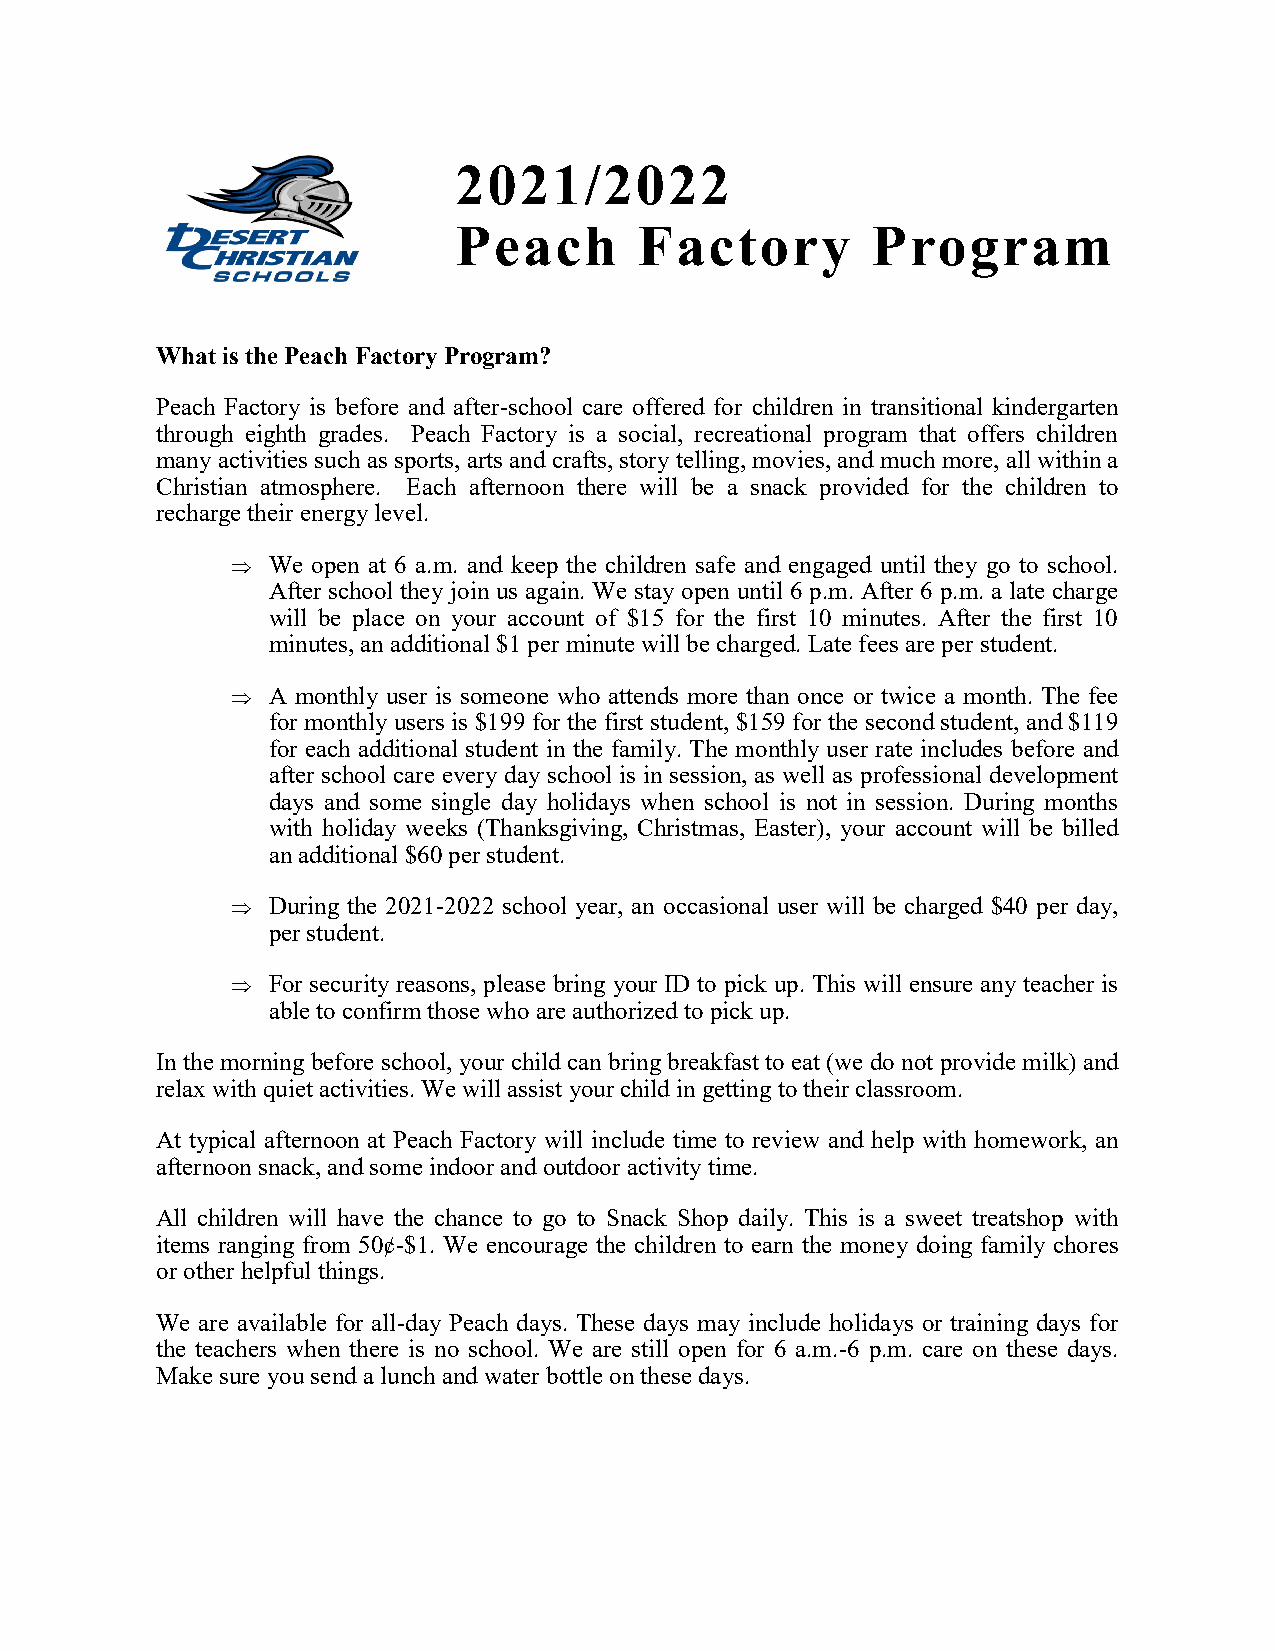
2021/2022
 Peach       Factory         Program
 What is the Peach Factory Program?
 Peach Factory is before and after-school care offered for children in transitional kindergarten
 through eighth grades. Peach Factory is a social, recreational program that offers children
 many activities such as sports, arts and crafts, story telling, movies, and much more, all within a
 Christian atmosphere. Each afternoon there will be a snack provided for the children to
 recharge their energy level.
   We open at 6 a.m. and keep the children safe and engaged until they go to school.
 After school they join us again. We stay open until 6 p.m. After 6 p.m. a late charge
 will be place on your account of $15 for the first 10 minutes. After the first 10
 minutes, an additional $1 per minute will be charged. Late fees are per student.
   A monthly user is someone who attends more than once or twice a month. The fee
 for monthly users is $199 for the first student, $159 for the second student, and $119
 for each additional student in the family. The monthly user rate includes before and
 after school care every day school is in session, as well as professional development
 days and some single day holidays when school is not in session. During months
 with holiday weeks (Thanksgiving, Christmas, Easter), your account will be billed
 an additional $60 per student.
   During the 2021-2022 school year, an occasional user will be charged $40 per day,
 per student.
   For security reasons, please bring your ID to pick up. This will ensure any teacher is
 able to confirm those who are authorized to pick up.
 In the morning before school, your child can bring breakfast to eat (we do not provide milk) and
 relax with quiet activities. We will assist your child in getting to their classroom.
 At typical afternoon at Peach Factory will include time to review and help with homework, an
 afternoon snack, and some indoor and outdoor activity time.
 All children will have the chance to go to Snack Shop daily. This is a sweet treatshop with
 items ranging from 50¢-$1. We encourage the children to earn the money doing family chores
 or other helpful things.
 We are available for all-day Peach days. These days may include holidays or training days for
 the teachers when there is no school. We are still open for 6 a.m.-6 p.m. care on these days.
 Make sure you send a lunch and water bottle on these days.